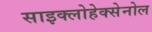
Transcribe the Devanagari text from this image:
साइक्लोहेक्सेनोल